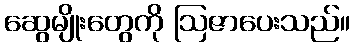
ဆွေမျိုးတွေကို ဩဇာပေးသည်။